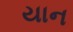
યાન